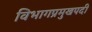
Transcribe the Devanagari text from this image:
विभागप्रमुखपदी